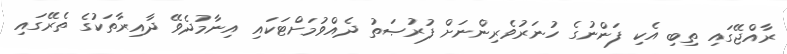
ރާއްޖޭގައި ތިބި އެކި ފަންނުގެ ހުނަރުވެރިންނަށް ފުރުޞަތު ދެއްވުމަށްޓަކައި އިނާމުދެވޭ ދާއިރާތަކުގެ ތެރޭގައި